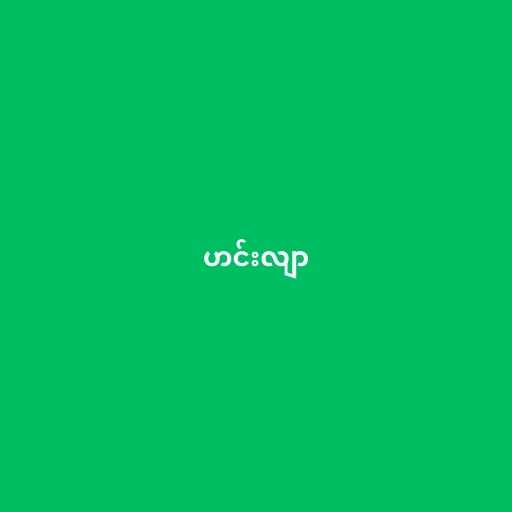
ဟင်းလျာ